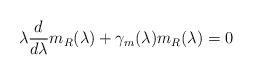
LaTeX: \begin{align*}\lambda \frac d{d\lambda }m_R(\lambda )+\gamma _m(\lambda )m_R(\lambda )=0\end{align*}